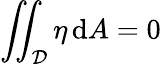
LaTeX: \iint_{\mathcal{D}}\eta\, \mathrm{d}A=0